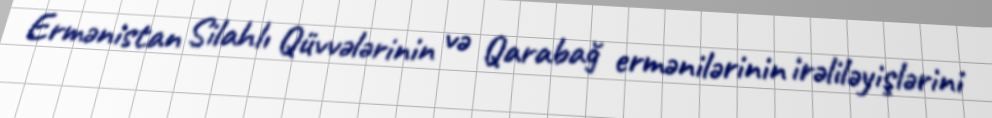
Ermənistan Silahlı Qüvvələrinin və Qarabağ ermənilərinin irəliləyişlərini